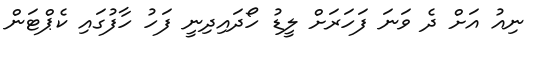
ނިއު އަށް ދެ ވަނަ ފަހަރަށް ލީޑު ހޯދައިދިނީ ފަހު ހާފުގައި ކެޕްޓަން